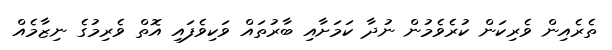
ތެރެއިން ވެރިކަން ކުރެވެމުން ނުދާ ކަމަށާއި ބާރުތައް ވަކިވެފައި އޮތް ވެރިމުގެ ނިޒާމެއް